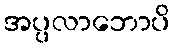
အပ္ပလာဘောပိ